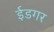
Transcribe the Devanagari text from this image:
ईडगर